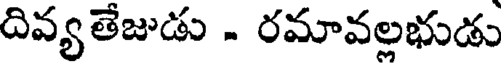
దివ్యతేజుడు - రమావల్లభుడు